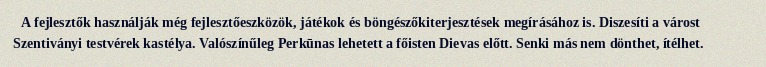
A fejlesztők használják még fejlesztőeszközök, játékok és böngészőkiterjesztések megírásához is. Diszesíti a várost Szentiványi testvérek kastélya. Valószínűleg Perkūnas lehetett a főisten Dievas előtt. Senki más nem dönthet, ítélhet.